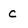
Character: c